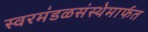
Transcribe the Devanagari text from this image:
स्वरमंडळसंस्थेमार्फत